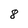
Character: 8